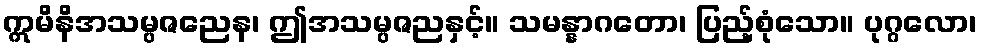
ဣမိနိအသမ္ပဇညေန၊ ဤအသမ္ပဇညနှင့်။ သမန္နာဂတော၊ ပြည့်စုံသော။ ပုဂ္ဂလော၊